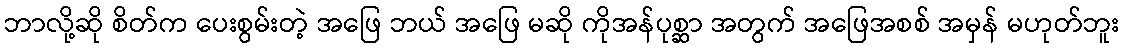
ဘာလို့ဆို စိတ်က ပေးစွမ်းတဲ့ အဖြေ ဘယ် အဖြေ မဆို ကိုအန်ပုစ္ဆာ အတွက် အဖြေအစစ် အမှန် မဟုတ်ဘူး